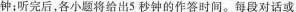
钟；听完后，各小题将给出5秒钟的作答时间。每段对话或